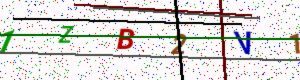
Text: 1ZB2V1